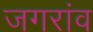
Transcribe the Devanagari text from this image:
जगरांव